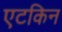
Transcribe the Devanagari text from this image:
एटकिन